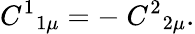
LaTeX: C^{1}{}_{1\mu}=-\ C^{2}{}_{2\mu}.